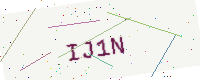
Text: IJ1N